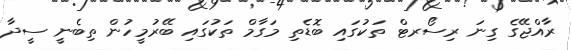
ރާއްޖޭގެ ގިނަ ރިސޯރޓް ތަކުގައި ބޮޑެތި މަގާމް ތަކުގައި ބޭރުމީހުން ތިބެނީ ސީދާ